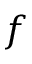
f